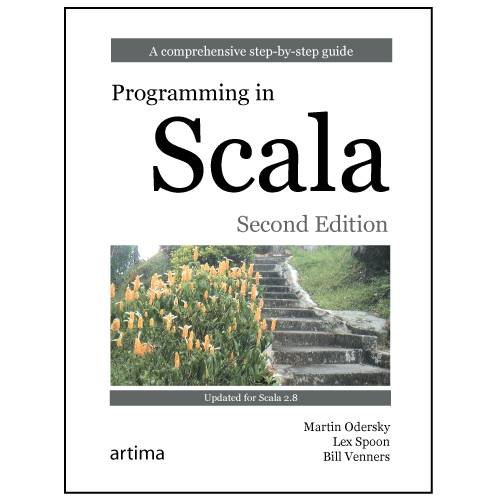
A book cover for Programming in Scala: A Comprehensive Step-by-Step Guide, 2nd Edition; Martin Odersky; Computers & Technology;